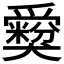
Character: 𤕃